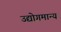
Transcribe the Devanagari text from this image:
उद्योगमान्य